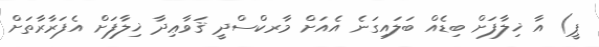
ޕީ) އާ ޚިލާފަށް ބިޑެއް ބަލައިގަނެ އެއަށް މާރކްސްދީ ޤަވާޢިދާ ޚިލާފަށް އެފަރާރާތަށް